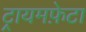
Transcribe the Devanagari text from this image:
ट्रायमफ़ेटा